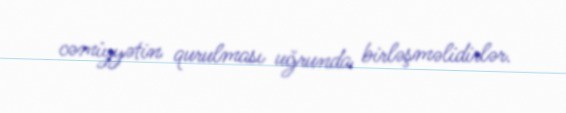
cəmiyyətin qurulması uğrunda birləşməlidirlər.